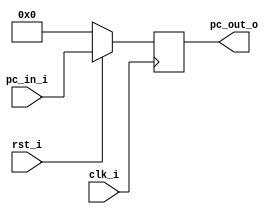
//Subject:     CO project 3 - PC
//--------------------------------------------------------------------------------
//Version:     1
//--------------------------------------------------------------------------------
//Writer:      
//----------------------------------------------
//Date:        
//----------------------------------------------
//Description: 
//--------------------------------------------------------------------------------

module ProgramCounter(
    clk_i,
	rst_i,
	pc_in_i,
	pc_out_o
);
     
//I/O ports
input           clk_i;
input	        rst_i;
input  [32-1:0] pc_in_i;
output [32-1:0] pc_out_o;
 
//Internal Signals
reg    [32-1:0] pc_out_o;
 
//Parameter

//Main function
always @(posedge clk_i) begin
    if(~rst_i)
	    pc_out_o <= 0;
	else
	    pc_out_o <= pc_in_i;
end

endmodule